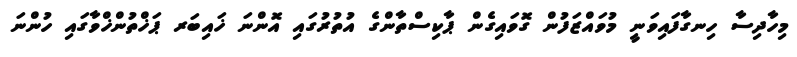
މިހާދިސާ ހިނގާފައިވަނީ މުވައްޒަފުން ގޮވައިގެން ޕާކިސްތާންގެ އުތުރުގައި އޮންނަ ޚައިބަރ ޕަޚްތުންޚްވާގައި ހުންނަ